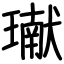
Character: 𤩽